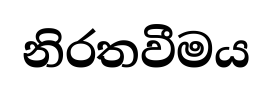
නිරතවීමය